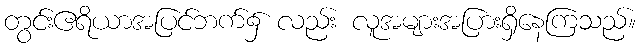
တွင်းဧရိယာအပြင်ဘက်၌ လည်း လူအများအပြားရှိနေကြသည်။